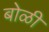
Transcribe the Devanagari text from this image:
बोळी